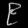
Digit: ၉